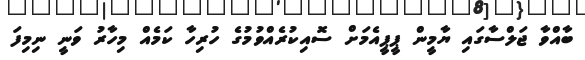
ބާއްވާ ޖަލްސާގައި ޔާމީން ޕީޕީއެމަށް ސޮއިކުރެއްވުމުގެ ހުރިހާ ކަމެއް މިހާރު ވަނީ ނިމިފަ